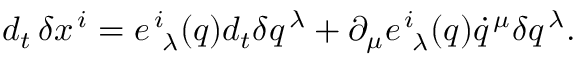
{ d _ { t } } \, \delta x ^ { \, i } = e _ { \, \, \, \lambda } ^ { \, i } ( q ) d _ { t } \delta q ^ { \, \lambda } + \partial _ { \mu } e _ { \, \, \, \lambda } ^ { \, i } ( q ) \dot { q } ^ { \, \mu } \delta q ^ { \, \lambda } .